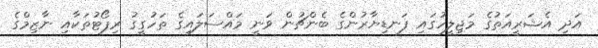
އަދި އެޝަރީއަތުގެ މަޖިލީހުގައި ފަނޑިޔާރުންގެ ބެންޗުން ވަނީ މައްސަލައިގެ ތަހުގީގު ރިޕޯޓުތަކާއި ނާޒިމްގެ